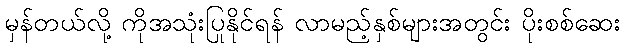
မှန်တယ်လို့ ကိုအသုံးပြုနိုင်ရန် လာမည့်နှစ်များအတွင်း ပိုးစစ်ဆေး